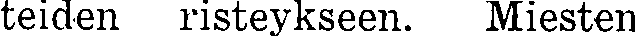
teiden risteykseen. Miesten